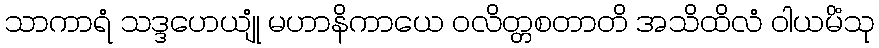
သာကာရံ သဒ္ဒဟေယျုံ မဟာနိကာယေ ဝလိတ္တစတာတိ အသိထိလံ ဝါယမိံသု